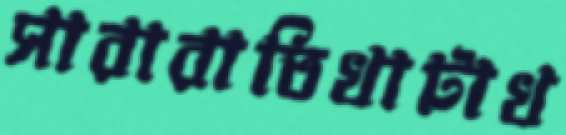
সারারাতিখাটাখ